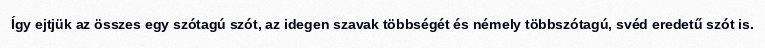
Így ejtjük az összes egy szótagú szót, az idegen szavak többségét és némely többszótagú, svéd eredetű szót is.